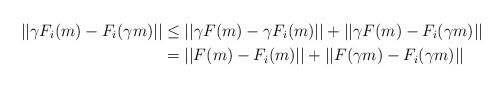
LaTeX: \begin{align*} ||\gamma F_i( m) - F_i( \gamma m)|| & \leq ||\gamma F( m) - \gamma F_i( m)||+ ||\gamma F( m) - F_i( \gamma m)|| \\ & = ||F( m) - F_i( m)||+ ||F( \gamma m) - F_i( \gamma m)|| \end{align*}